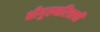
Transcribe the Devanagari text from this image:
श्रीगुरुचरित्राची